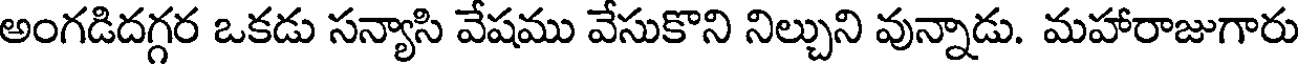
అంగడిదగ్గర ఒకడు సన్యాసి వేషము వేసుకొని నిల్చుని వున్నాడు. మహారాజుగారు